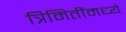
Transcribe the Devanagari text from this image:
त्रिमितींमध्ये